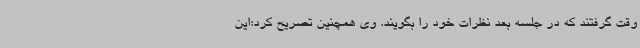
وقت گرفتند که در جلسه بعد نظرات خود را بگویند. وی همچنین تصریح کرد:این